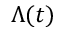
\Lambda ( t )